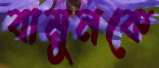
বামুনকে